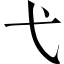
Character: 弋